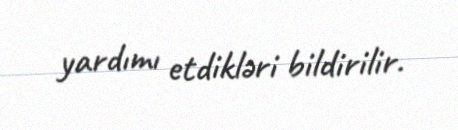
yardımı etdikləri bildirilir.